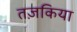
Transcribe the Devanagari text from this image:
तज़किया